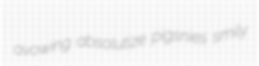
avowing absolutize pigsnies smily